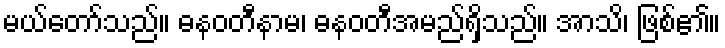
မယ်တော်သည်။ ဓနဝတီနာမ၊ ဓနဝတီအမည်ရှိသည်။ အာသိ၊ ဖြစ်၏။